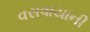
વસવાયાની